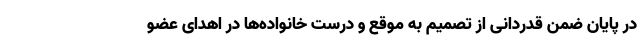
در پایان ضمن قدردانی از تصمیم به موقع و درست خانواده‌ها در اهدای عضو